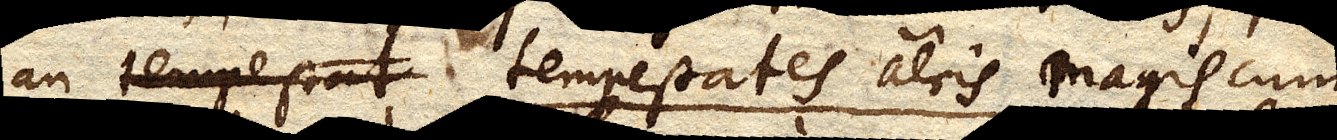
an tempestates aeris magis cum